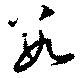
数